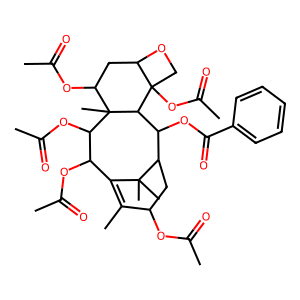
SMILES: CC(=O)OC1CC2C(OC(=O)c3ccccc3)C3C4(OC(C)=O)COC4CC(OC(C)=O)C3(C)C(OC(C)=O)C(OC(C)=O)C(=C1C)C2(C)C
Inhibits HIV replication: No